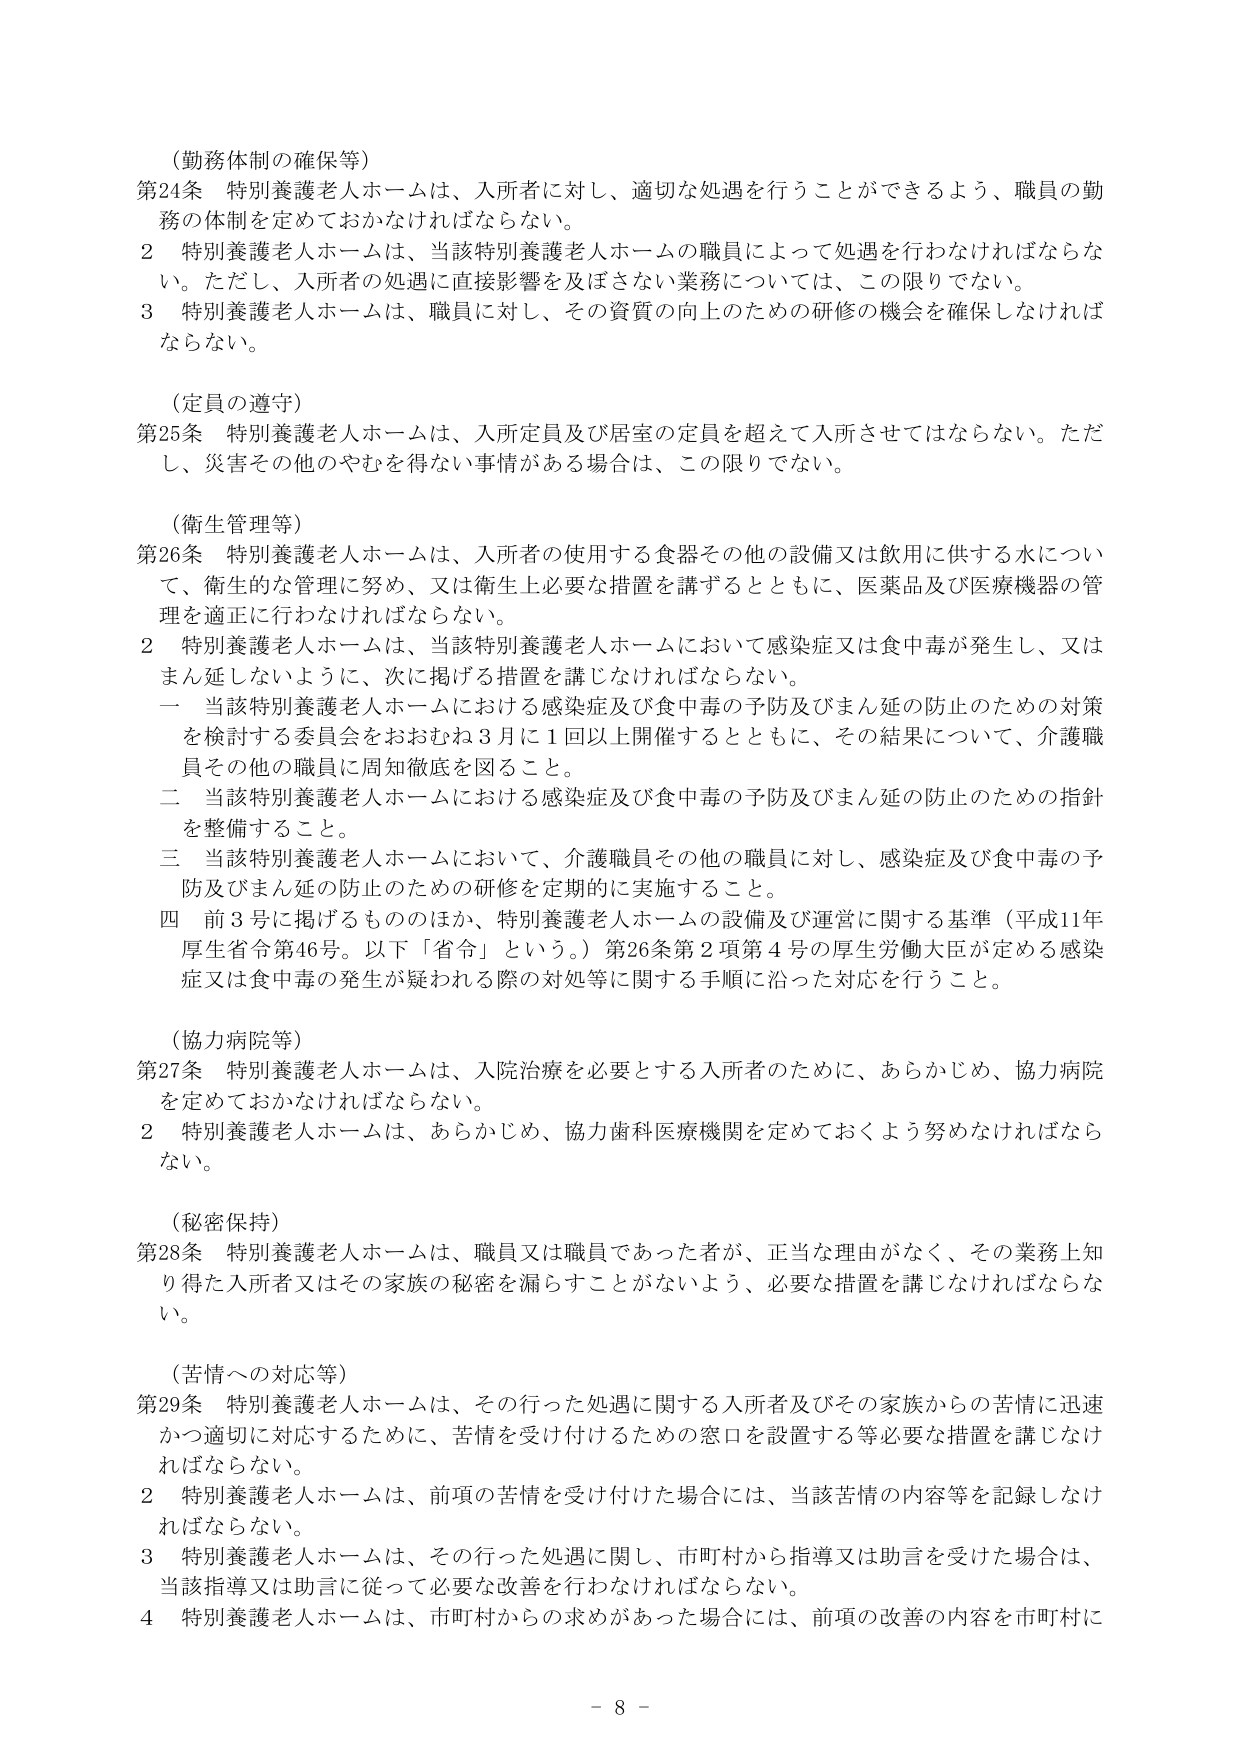
（勤務体制の確保等）
第24条 特別養護老人ホームは、入所者に対し、適切な処遇を行うことができるよう、職員の勤務の体制を定めておかなければならない。
２ 特別養護老人ホームは、当該特別養護老人ホームの職員によって処遇を行わなければならない。ただし、入所者の処遇に直接影響を及ぼさない業務については、この限りでない。
３ 特別養護老人ホームは、職員に対し、その資質の向上のための研修の機会を確保しなければならない。

（定員の遵守）
第25条 特別養護老人ホームは、入所定員及び居室の定員を超えて入所させてはならない。ただし、災害その他のやむを得ない事情がある場合は、この限りでない。

（衛生管理等）
第26条 特別養護老人ホームは、入所者の使用する食器その他の設備又は飲用に供する水について、衛生的な管理に努め、又は衛生上必要な措置を講ずるとともに、医薬品及び医療機器の管理を適正に行わなければならない。
２ 特別養護老人ホームは、当該特別養護老人ホームにおいて感染症又は食中毒が発生し、又はまん延しないように、次に掲げる措置を講じなければならない。
　一 当該特別養護老人ホームにおける感染症及び食中毒の予防及びまん延の防止のための対策を検討する委員会をおおむね３月に１回以上開催するとともに、その結果について、介護職員その他の職員に周知徹底を図ること。
　二 当該特別養護老人ホームにおける感染症及び食中毒の予防及びまん延の防止のための指針を整備すること。
　三 当該特別養護老人ホームにおいて、介護職員その他の職員に対し、感染症及び食中毒の予防及びまん延の防止のための研修を定期的に実施すること。
　四 前３号に掲げるもののほか、特別養護老人ホームの設備及び運営に関する基準（平成11年厚生省令第46号。以下「省令」という。）第26条第２項第４号の厚生労働大臣が定める感染症又は食中毒の発生が疑われる際の対処等に関する手順に沿った対応を行うこと。

（協力病院等）
第27条 特別養護老人ホームは、入院治療を必要とする入所者のために、あらかじめ、協力病院を定めておかなければならない。
２ 特別養護老人ホームは、あらかじめ、協力歯科医療機関を定めておくよう努めなければならない。

（秘密保持）
第28条 特別養護老人ホームは、職員又は職員であった者が、正当な理由がなく、その業務上知り得た入所者又はその家族の秘密を漏らすことがないよう、必要な措置を講じなければならない。

（苦情への対応等）
第29条 特別養護老人ホームは、その行った処遇に関する入所者及びその家族からの苦情に迅速かつ適切に対応するために、苦情を受け付けるための窓口を設置する等必要な措置を講じなければならない。
２ 特別養護老人ホームは、前項の苦情を受け付けた場合には、当該苦情の内容等を記録しなければならない。
３ 特別養護老人ホームは、その行った処遇に関し、市町村から指導又は助言を受けた場合は、当該指導又は助言に従って必要な改善を行わなければならない。
４ 特別養護老人ホームは、市町村からの求めがあった場合には、前項の改善の内容を市町村に

－ 8 －